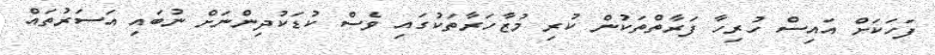
ފަހަކަށް އައިސް ހުރިހާ ފަރާތްތަކުން ކުރި މުޒާހަރާތަކުގައި ވެސް ކުޑަކުދިންނަށް ނުބައި އަސަރުތައް